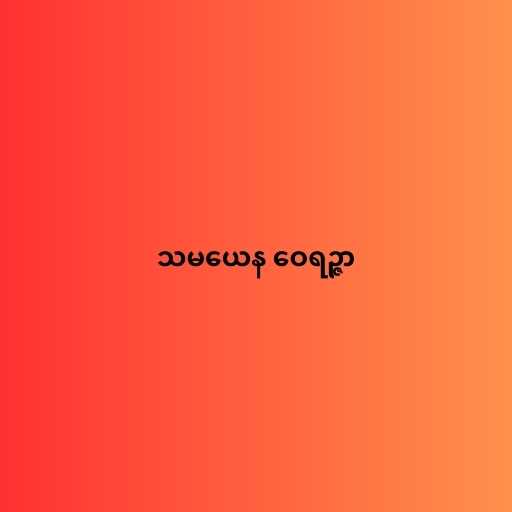
သမယေန ဝေရဉ္ဇာ